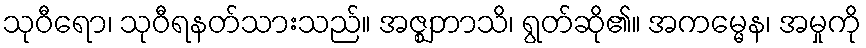
သုဝီရော၊ သုဝီရနတ်သားသည်။ အဇ္ဈဘာသိ၊ ရွတ်ဆို၏။ အကမ္မေန၊ အမှုကို